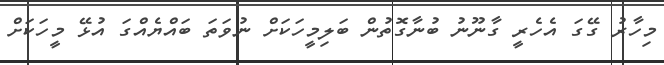
މިހާރު ގޭގަ އެހެރީ ގާނޫނު ބުނާގޮތުން ބަލިމީހަކަށް ނުވަތަ ބައްޔެއްގަ އުޅޭ މީހަކަށް